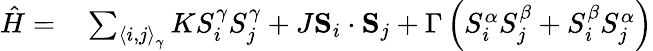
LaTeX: \begin{array}{rl}{\hat{H}=}&{{}\sum_{\left\langle i,j\right\rangle_{\gamma}}KS_{i}^{\gamma}S_{j}^{\gamma}+J\mathbf{S}_{i}\cdot\mathbf{S}_{j}+\Gamma\left(S_{i}^{\alpha}S_{j}^{\beta}+S_{i}^{\beta}S_{j}^{\alpha}\right)}\end{array}